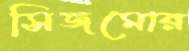
সিজমোর